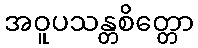
အဝူပသန္တစိတ္တော